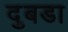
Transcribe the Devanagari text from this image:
दुबडा